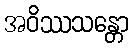
အဝိဿသန္တော